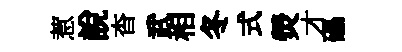
惹說杳武相冬式熒才礧